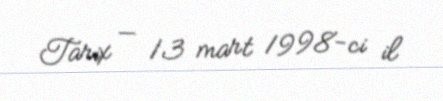
Tarix — 13 mart 1998-ci il